画像に写った文字を読んでください
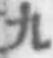
「九」と書いてあります